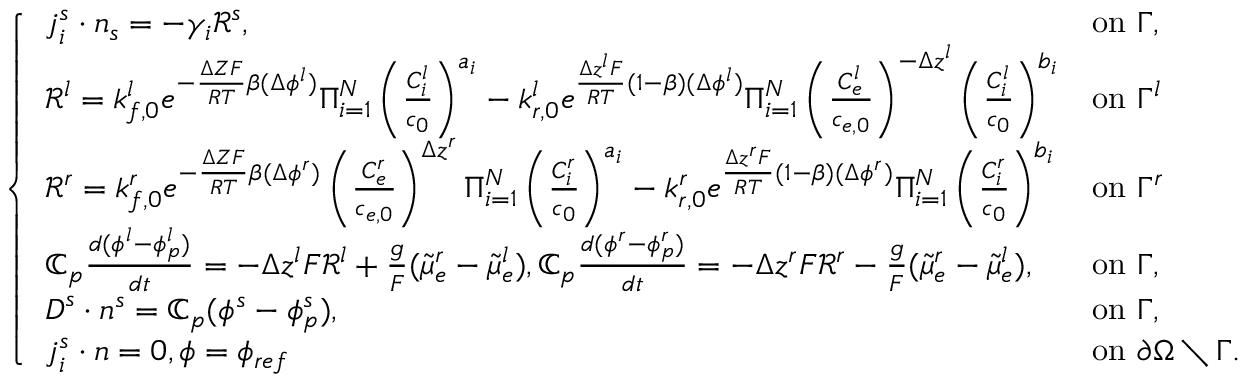
\left\{ \begin{array} { l l } { \boldsymbol { j } _ { i } ^ { s } \cdot \boldsymbol { n } _ { s } = - \gamma _ { i } \mathcal { R } ^ { s } , } & { \mathrm { o n ~ } \Gamma , } \\ { \mathcal { R } ^ { l } = k _ { f , 0 } ^ { l } e ^ { - \frac { \Delta Z F } { R T } \beta ( \Delta \phi ^ { l } ) } \Pi _ { i = 1 } ^ { N } \left( \frac { C _ { i } ^ { l } } { c _ { 0 } } \right) ^ { a _ { i } } - k _ { r , 0 } ^ { l } e ^ { \frac { \Delta z ^ { l } F } { R T } ( 1 - \beta ) ( \Delta \phi ^ { l } ) } \Pi _ { i = 1 } ^ { N } \left( \frac { C _ { e } ^ { l } } { c _ { e , 0 } } \right) ^ { - \Delta z ^ { l } } \left( \frac { C _ { i } ^ { l } } { c _ { 0 } } \right) ^ { b _ { i } } } & { \mathrm { o n ~ } \Gamma ^ { l } } \\ { \mathcal { R } ^ { r } = k _ { f , 0 } ^ { r } e ^ { - \frac { \Delta Z F } { R T } \beta ( \Delta \phi ^ { r } ) } \left( \frac { C _ { e } ^ { r } } { c _ { e , 0 } } \right) ^ { \Delta z ^ { r } } \Pi _ { i = 1 } ^ { N } \left( \frac { C _ { i } ^ { r } } { c _ { 0 } } \right) ^ { a _ { i } } - k _ { r , 0 } ^ { r } e ^ { \frac { \Delta z ^ { r } F } { R T } ( 1 - \beta ) ( \Delta \phi ^ { r } ) } \Pi _ { i = 1 } ^ { N } \left( \frac { C _ { i } ^ { r } } { c _ { 0 } } \right) ^ { b _ { i } } } & { \mathrm { o n ~ } \Gamma ^ { r } } \\ { \mathbb { C } _ { p } \frac { d ( \phi ^ { l } - \phi _ { p } ^ { l } ) } { d t } = - \Delta z ^ { l } F \mathcal { R } ^ { l } + \frac { g } F ( \tilde { \mu } _ { e } ^ { r } - \tilde { \mu } _ { e } ^ { l } ) , \mathbb { C } _ { p } \frac { d ( \phi ^ { r } - \phi _ { p } ^ { r } ) } { d t } = - \Delta z ^ { r } F \mathcal { R } ^ { r } - \frac { g } F ( \tilde { \mu } _ { e } ^ { r } - \tilde { \mu } _ { e } ^ { l } ) , } & { \mathrm { o n ~ } \Gamma , } \\ { \boldsymbol { D } ^ { s } \cdot \boldsymbol { n } ^ { s } = \mathbb { C } _ { p } ( \phi ^ { s } - \phi _ { p } ^ { s } ) , } & { \mathrm { o n ~ } \Gamma , } \\ { \boldsymbol { j } _ { i } ^ { s } \cdot \boldsymbol { n } = 0 , \phi = \phi _ { r e f } ~ } & { \mathrm { o n ~ } \partial \Omega \setminus \Gamma . } \end{array} \right.